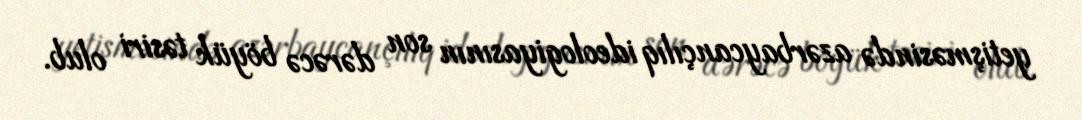
yetişməsində azərbaycançılıq ideologiyasının son dərəcə böyük təsiri olub.